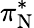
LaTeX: \pi_{\mathrm{N}}^{*}